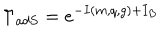
\Gamma _ { a d S } = e ^ { - I ( m , q , g ) + I _ { B } }